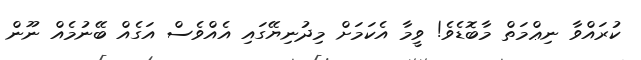
ކުރައްވާ ނިޢްމަތް މާބޮޑެވެ! ވީމާ އެކަމަށް މިދުނިޔޭގައި އެއްވެސް އަގެއް ބޭނުމެއް ނޫން